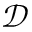
\mathcal { D }